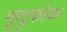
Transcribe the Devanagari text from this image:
मृदुकोक